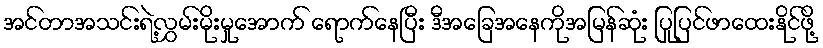
အင်တာအသင်းရဲ့လွှမ်းမိုးမှုအောက် ရောက်နေပြီး ဒီအခြေအနေကိုအမြန်ဆုံး ပြုပြင်ဖာထေးနိုင်ဖို့